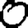
Digit: 0